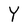
Character: Y